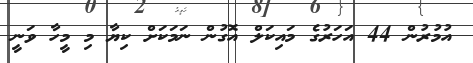
އުމުރުން 44 އަހަރުގެ މައިކަލް އޮގުން ނަމަކަށް ކިޔާ މި މީހާ ވަނީ